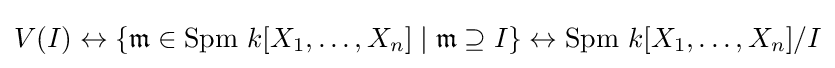
V(I)\leftrightarrow \{{\mathfrak {m}}\in \mathrm {Spm} \ k[X_{1},\dots ,X_{n}]\mid {\mathfrak {m}}\supseteq I\}\leftrightarrow \mathrm {Spm} \ k[X_{1},\dots ,X_{n}]/I